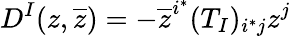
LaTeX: D^{I}(z,\overline{{z}})=-\overline{{z}}^{i^{*}}(T_{I})_{i^{*}j}z^{j}